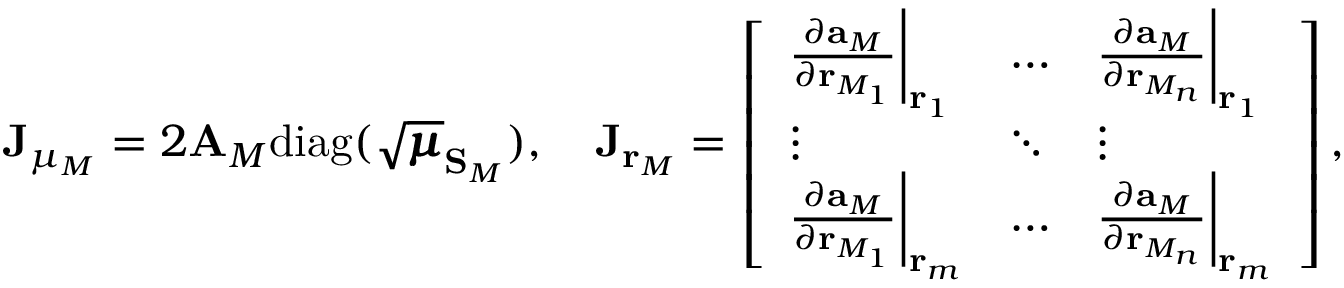
\mathbf { J } _ { \mu _ { M } } = 2 \mathbf { A } _ { M } \mathrm { d i a g } ( \sqrt { \pmb { \mu } } _ { \mathbf { S } _ { M } } ) , \quad \mathbf { J } _ { \mathbf { r } _ { M } } = \left[ \begin{array} { l l l } { \frac { \partial { \mathbf { a } _ { M } } } { \partial \mathbf { r } _ { M _ { 1 } } } \biggr \rvert _ { \mathbf { r } _ { 1 } } } & { \hdots } & { \frac { \partial { \mathbf { a } _ { M } } } { \partial \mathbf { r } _ { M _ { n } } } \biggr \rvert _ { \mathbf { r } _ { 1 } } } \\ { \vdots } & { \ddots } & { \vdots } \\ { \frac { \partial { \mathbf { a } _ { M } } } { \partial \mathbf { r } _ { M _ { 1 } } } \biggr \rvert _ { \mathbf { r } _ { m } } } & { \hdots } & { \frac { \partial { \mathbf { a } _ { M } } } { \partial \mathbf { r } _ { M _ { n } } } \biggr \rvert _ { \mathbf { r } _ { m } } } \end{array} \right] ,